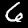
Digit: 6